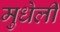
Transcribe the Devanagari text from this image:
मुधेली